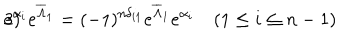
3 ) \hspace { . 5 i n } e ^ { \alpha _ { i } } e ^ { \overline { { { \Lambda } } } _ { 1 } } = ( - 1 ) ^ { n \delta _ { i 1 } } e ^ { \overline { { { \Lambda } } } _ { 1 } } e ^ { \alpha _ { i } } \quad ( 1 \leq i \leq n - 1 )